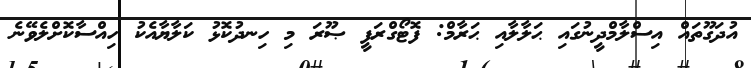
އުދަގޫތައް އިސްލާމްދީނުގައި ޙަލާލާއި ޙަރާމް: ފޮޓޯގްރަފީ ޞޫރަ މި ހިނދުކޮޅު ކަލާޔާއެކު ހިއްސާކޮށްލެވޭނެ